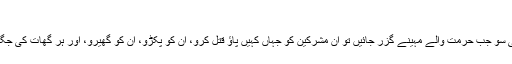
Open 9.4
امین احسن اصلاحی سو جب حرمت والے مہینے گزر جائیں تو ان مشرکین کو جہاں کہیں پاؤ قتل کرو، ان کو پکڑو، ان کو گھیرو، اور ہر گھات کی جگہ ان کی تاک لگاؤ۔